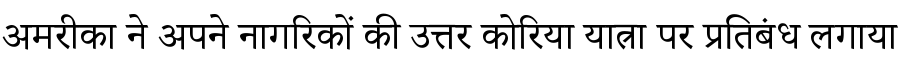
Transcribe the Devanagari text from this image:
अमरीका ने अपने नागरिकों की उत्तर कोरिया यात्रा पर प्रतिबंध लगाया